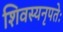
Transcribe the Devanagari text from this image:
शिवस्यनृपतेः